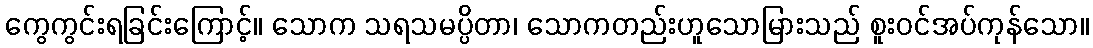
ကွေကွင်းရခြင်းကြောင့်။ သောက သရသမပ္ပိတာ၊ သောကတည်းဟူသောမြားသည် စူးဝင်အပ်ကုန်သော။